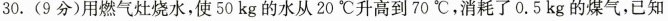
30.(9分)用燃气灶烧水，使50kg的水从20℃升高到70℃，消耗了0.5kg的煤气，已知